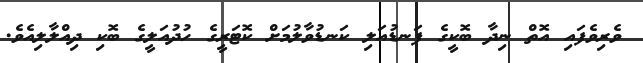
ވެރިވެފައި އޮތް ނިދާ ބޮކީގެ ފަނޑުއަލި ކަނޑުވާލުމަށް ކޮޓަރީގެ ހުދުއަލީގެ ބޮކި ދިއްލާލިއެވެ.